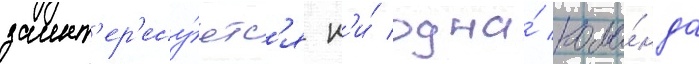
заинт'ер'есу́етс'я н'и́ одна́ кома́нда